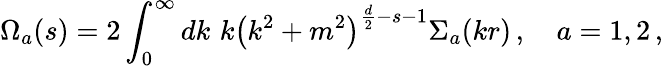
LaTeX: \Omega_{a}(s)=2\int_{0}^{\infty}dk\, \, k\left(k^{2}+m^{2}\right)^{\frac d2-s-1}{\Sigma}_{a}(kr)\, ,\quad a=1,2\, ,